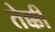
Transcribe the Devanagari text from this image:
तेक्की